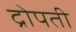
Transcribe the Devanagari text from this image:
द्रोपती